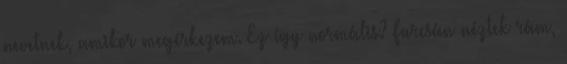
nevetnek, amikor megérkezem. Ez így normális? Furcsán néztek rám,